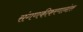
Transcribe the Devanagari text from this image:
संगणकीकरणानंतर